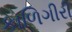
કાળિગીરી